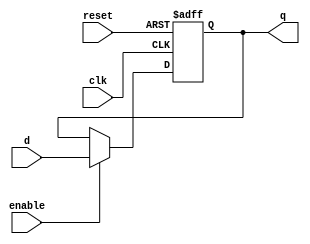
module D_flip_flop #(parameter WIDTH=8)
    (
        input clk,
        input reset,
        input enable,
        input [WIDTH-1:0] d,
        output reg [WIDTH-1:0] q
    );
    
    always @(posedge clk,posedge reset)
        if(reset)  q<=0;
        else if(enable)       q<=d; 
endmodule